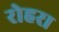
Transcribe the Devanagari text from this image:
रोहरा